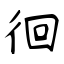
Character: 徊